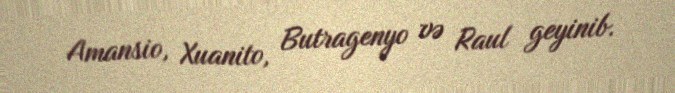
Amansio, Xuanito, Butragenyo və Raul geyinib.